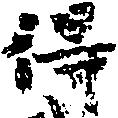
得